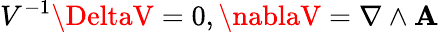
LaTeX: V^{-1}\DeltaV=0,\nablaV=\nabla\wedge\mathbf{A}